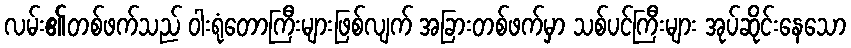
လမ်း၏တစ်ဖက်သည် ဝါးရုံတောကြီးများဖြစ်လျက် အခြားတစ်ဖက်မှာ သစ်ပင်ကြီးများ အုပ်ဆိုင်းနေသော